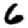
Digit: 6